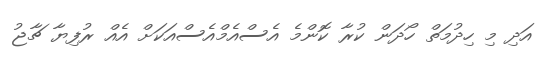
އަދި މި ހިދުމަތް ހޯދަން ކުރާ ކޮންމެ އެސްއެމްއެސްއަކަށް އެއް ރުފިޔާ ޗާޖު